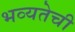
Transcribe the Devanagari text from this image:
भव्यतेची